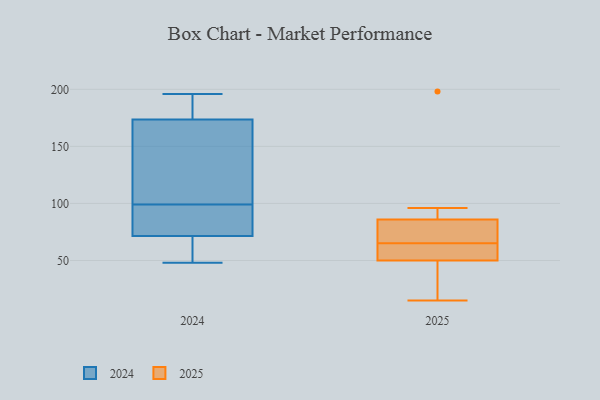
{"axis": {"x": "Satisfaction Score", "y": "Value"}, "legend": ["2024", "2025"], "data": [{"x": "", "y": 187, "type": "2024"}, {"x": "", "y": 196, "type": "2024"}, {"x": "", "y": 57, "type": "2024"}, {"x": "", "y": 91, "type": "2024"}, {"x": "", "y": 135, "type": "2024"}, {"x": "", "y": 160, "type": "2024"}, {"x": "", "y": 63, "type": "2024"}, {"x": "", "y": 191, "type": "2024"}, {"x": "", "y": 92, "type": "2024"}, {"x": "", "y": 106, "type": "2024"}, {"x": "", "y": 48, "type": "2024"}, {"x": "", "y": 80, "type": "2024"}, {"x": "", "y": 86, "type": "2025"}, {"x": "", "y": 96, "type": "2025"}, {"x": "", "y": 29, "type": "2025"}, {"x": "", "y": 66, "type": "2025"}, {"x": "", "y": 50, "type": "2025"}, {"x": "", "y": 86, "type": "2025"}, {"x": "", "y": 62, "type": "2025"}, {"x": "", "y": 15, "type": "2025"}, {"x": "", "y": 198, "type": "2025"}, {"x": "", "y": 31, "type": "2025"}, {"x": "", "y": 64, "type": "2025"}, {"x": "", "y": 70, "type": "2025"}, {"x": "", "y": 84, "type": "2025"}, {"x": "", "y": 63, "type": "2025"}]}